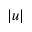
\vert u \vert